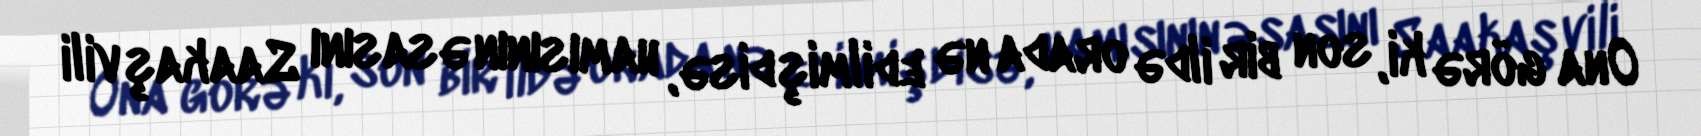
Ona görə ki, son bir ildə orada nə edilmişdisə, hamısının əsasını Saakaşvili